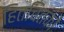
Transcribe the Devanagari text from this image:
हितचिंतकों